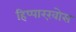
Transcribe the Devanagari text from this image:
हिप्पारख़ोस